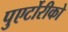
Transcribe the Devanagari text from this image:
पुएर्टोरीको